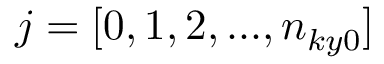
j = [ 0 , 1 , 2 , . . . , n _ { k y 0 } ]